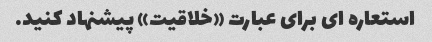
استعاره ای برای عبارت «خلاقیت» پیشنهاد کنید.